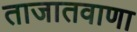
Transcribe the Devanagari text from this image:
ताजातवाणा